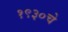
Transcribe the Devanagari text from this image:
१९३०चे